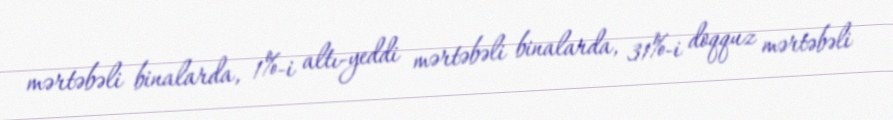
mərtəbəli binalarda, 1%-i altı-yeddi mərtəbəli binalarda, 31%-i doqquz mərtəbəli